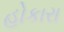
હોકારા